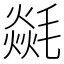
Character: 㲭